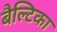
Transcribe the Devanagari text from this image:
बैल्टिका